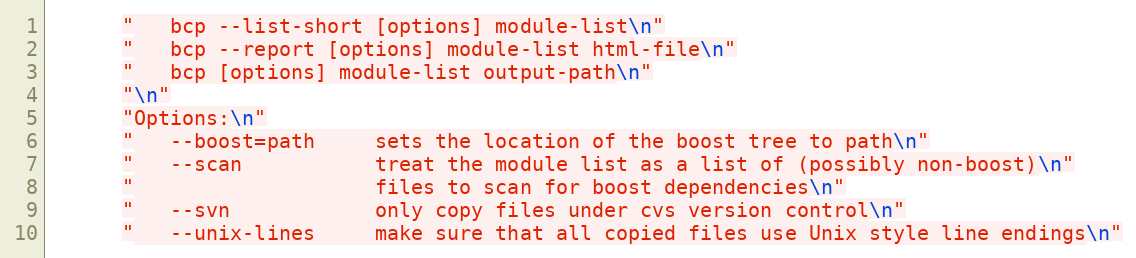
Language: C++
      "   bcp --list-short [options] module-list\n"
      "   bcp --report [options] module-list html-file\n"
      "   bcp [options] module-list output-path\n"
      "\n"
      "Options:\n"
      "   --boost=path     sets the location of the boost tree to path\n"
      "   --scan           treat the module list as a list of (possibly non-boost)\n"
      "                    files to scan for boost dependencies\n"
      "   --svn            only copy files under cvs version control\n"
      "   --unix-lines     make sure that all copied files use Unix style line endings\n"